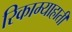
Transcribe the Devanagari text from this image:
रिकाम्याहाती